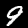
Label: 9